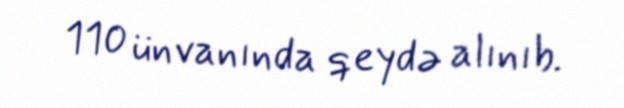
110 ünvanında qeydə alınıb.